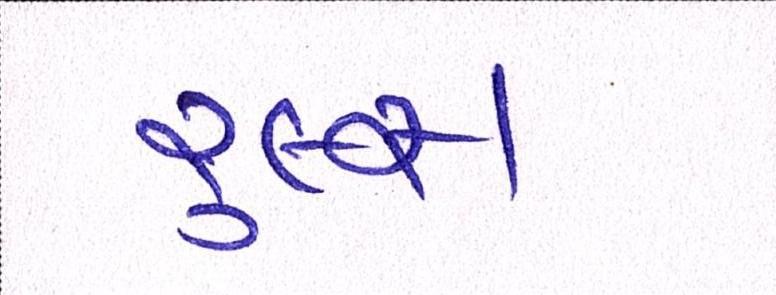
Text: રૂલ્સ